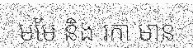
មមែ និង រកា មាន